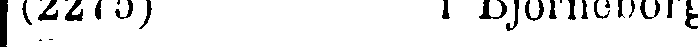
(2275) i Björneborg.